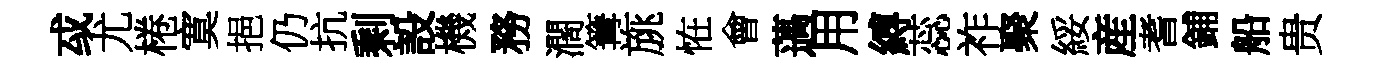
㦯尤棬寞挹仍抗剩設機務濶篝旐恠會薖用縛蕊祚聚綏産耆鋪船贵